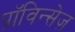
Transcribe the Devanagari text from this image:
प्राॅविन्सेज़